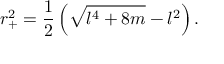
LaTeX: r _ { + } ^ { 2 } = \frac { 1 } { 2 } \left( \sqrt { l ^ { 4 } + 8 m } - l ^ { 2 } \right) .